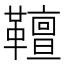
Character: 𩍕